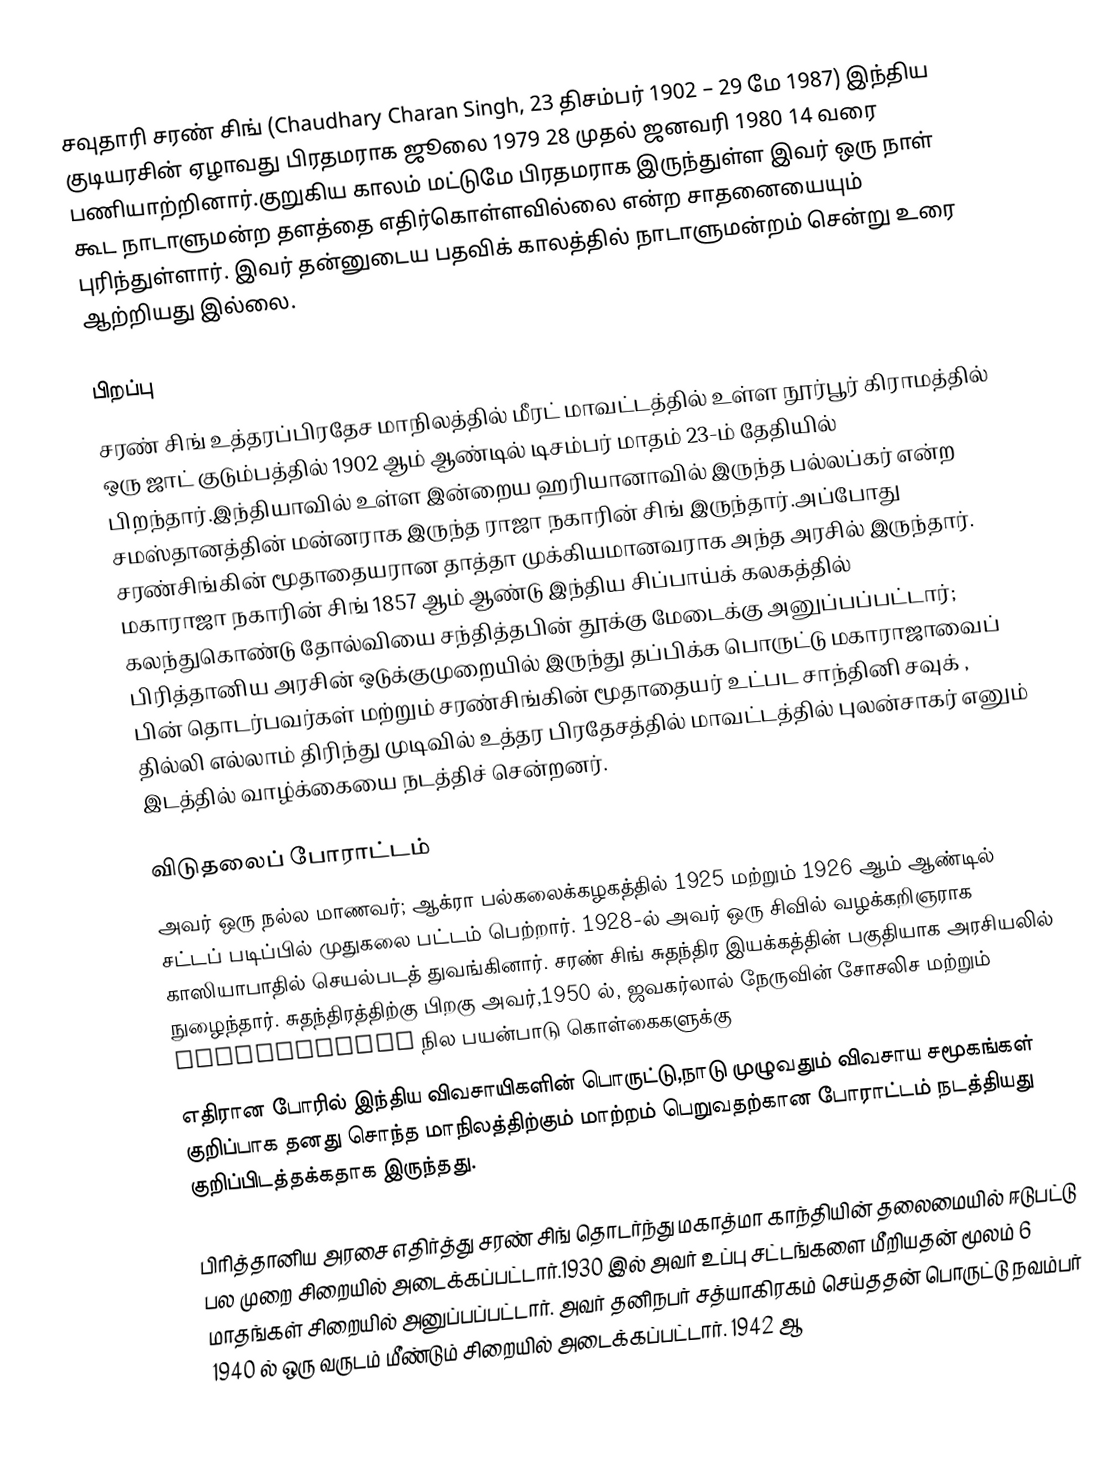
சவுதாரி சரண் சிங் (Chaudhary Charan Singh, 23 திசம்பர் 1902 – 29 மே 1987) இந்திய குடியரசின் ஏழாவது பிரதமராக ஜூலை 1979 28 முதல் ஜனவரி 1980 14 வரை  பணியாற்றினார்.குறுகிய காலம் மட்டுமே பிரதமராக இருந்துள்ள இவர் ஒரு நாள் கூட நாடாளுமன்ற தளத்தை எதிர்கொள்ளவில்லை என்ற சாதனையையும் புரிந்துள்ளார். இவர் தன்னுடைய பதவிக் காலத்தில் நாடாளுமன்றம் சென்று உரை ஆற்றியது இல்லை.

பிறப்பு
சரண் சிங் உத்தரப்பிரதேச மாநிலத்தில் மீரட் மாவட்டத்தில் உள்ள நூர்பூர் கிராமத்தில் ஒரு ஜாட் குடும்பத்தில் 1902 ஆம் ஆண்டில் டிசம்பர் மாதம் 23-ம் தேதியில் பிறந்தார்.இந்தியாவில் உள்ள இன்றைய ஹரியானாவில் இருந்த பல்லப்கர் என்ற சமஸ்தானத்தின் மன்னராக இருந்த ராஜா நகாரின் சிங் இருந்தார்.அப்போது சரண்சிங்கின் மூதாதையரான தாத்தா முக்கியமானவராக அந்த அரசில் இருந்தார். மகாராஜா நகாரின் சிங் 1857 ஆம் ஆண்டு இந்திய சிப்பாய்க் கலகத்தில் கலந்துகொண்டு தோல்வியை சந்தித்தபின் தூக்கு மேடைக்கு அனுப்பப்பட்டார்; பிரித்தானிய அரசின் ஒடுக்குமுறையில் இருந்து  தப்பிக்க பொருட்டு மகாராஜாவைப் பின் தொடர்பவர்கள் மற்றும் சரண்சிங்கின் மூதாதையர் உட்பட சாந்தினி சவுக் , தில்லி எல்லாம் திரிந்து முடிவில் உத்தர பிரதேசத்தில் மாவட்டத்தில் புலன்சாகர் எனும் இடத்தில் வாழ்க்கையை நடத்திச் சென்றனர்.

விடுதலைப் போராட்டம்
அவர் ஒரு நல்ல மாணவர்; ஆக்ரா பல்கலைக்கழகத்தில் 1925 மற்றும் 1926 ஆம் ஆண்டில் சட்டப் படிப்பில் முதுகலை பட்டம் பெற்றார். 1928-ல் அவர் ஒரு சிவில் வழக்கறிஞராக காஸியாபாதில் செயல்படத் துவங்கினார். சரண் சிங் சுதந்திர இயக்கத்தின் பகுதியாக அரசியலில் நுழைந்தார். சுதந்திரத்திற்கு பிறகு அவர்,1950 ல்,  ஜவகர்லால் நேருவின் சோசலிச மற்றும் collectivist நில பயன்பாடு கொள்கைகளுக்கு
எதிரான போரில் இந்திய விவசாயிகளின் பொருட்டு,நாடு முழுவதும் விவசாய சமூகங்கள் குறிப்பாக தனது சொந்த மாநிலத்திற்கும் மாற்றம் பெறுவதற்கான போராட்டம் நடத்தியது குறிப்பிடத்தக்கதாக இருந்தது.

பிரித்தானிய அரசை எதிர்த்து சரண் சிங் தொடர்ந்து மகாத்மா காந்தியின் தலைமையில் ஈடுபட்டு பல முறை சிறையில் அடைக்கப்பட்டார்.1930 இல் அவர் உப்பு சட்டங்களை மீறியதன் மூலம் 6 மாதங்கள் சிறையில் அனுப்பப்பட்டார். அவர் தனிநபர் சத்யாகிரகம் செய்ததன் பொருட்டு நவம்பர் 1940 ல் ஒரு வருடம் மீண்டும் சிறையில் அடைக்கப்பட்டார். 1942 ஆ